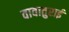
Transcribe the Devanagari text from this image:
वावातुराई